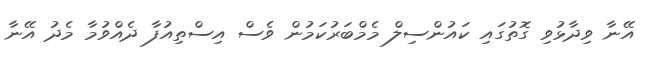
އޭނާ ވިދާޅުވި ގޮތުގައި ކައުންސިލް މެމްބަރުކަމުން ވެސް އިސްތިއުފާ ދެއްވުމާ މެދު އޭނާ